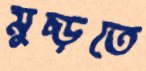
মুচ্‌ড়তে